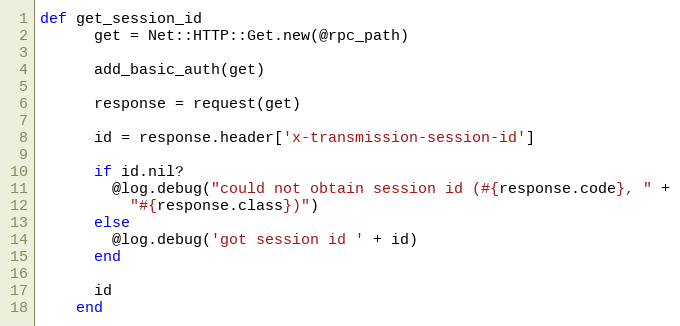
Language: Ruby
def get_session_id
      get = Net::HTTP::Get.new(@rpc_path)

      add_basic_auth(get)

      response = request(get)

      id = response.header['x-transmission-session-id']

      if id.nil?
        @log.debug("could not obtain session id (#{response.code}, " +
          "#{response.class})")
      else
        @log.debug('got session id ' + id)
      end

      id
    end